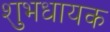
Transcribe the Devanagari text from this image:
शुभधायक